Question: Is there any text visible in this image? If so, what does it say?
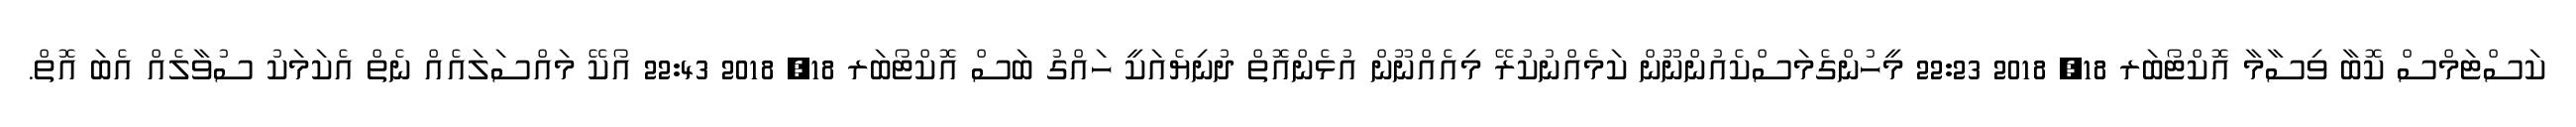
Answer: ކަސްޓަމްސް ކޮބާ ވިސާމާ އޮކްޓޯބަރ 18, 2018 22:23 މީހުންގެމަސްކެއުންނޫން ކަމެއްނުކުރޭ މިއެއްނޫން އުޅެންއޮތް ދުނިޔެއަކީ ހައްގު ބަސް އޮކްޓޯބަރ 18, 2018 22:43 އޯކޭ މައްސަލައެއް ނެތް އެކަމަކު ސުވާލެއް އެބަ އޮތް.